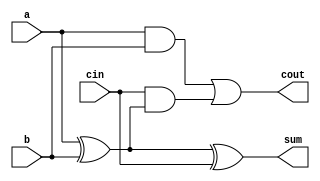
module FullAdder (
    input wire a,
    input wire b,
    input wire cin,
    output wire sum,
    output wire cout
);
    assign sum = a ^ b ^ cin;        // Sum output
    assign cout = (a & b) | (cin & (a ^ b)); // Carry output
endmodule